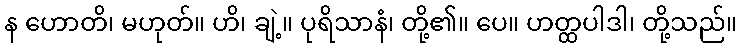
န ဟောတိ၊ မဟုတ်။ ဟိ၊ ချဲ့။ ပုရိသာနံ၊ တို့၏။ ပေ။ ဟတ္ထပါဒါ၊ တို့သည်။